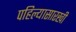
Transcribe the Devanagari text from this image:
पहिल्यासारखी